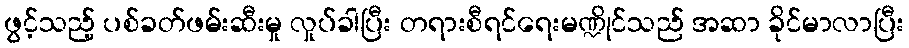
ဖွင့်သည့် ပစ်ခတ်ဖမ်းဆီးမှု လှုပ်ခါပြီး တရားစီရင်ရေးမဏ္ဍိုင်သည် အဆာ ခိုင်မာလာပြီး